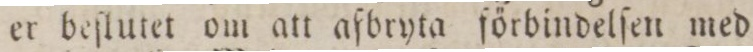
er beſlutet om att afbryta förbindelſen med